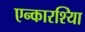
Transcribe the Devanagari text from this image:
एन्कारश्यिा